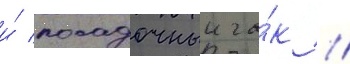
и́ посадочныи га́к //